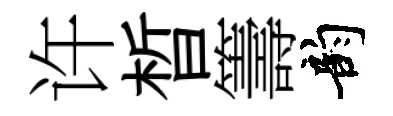
许晳籌韵